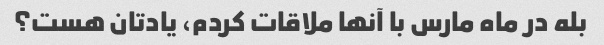
بله در ماه مارس با آنها ملاقات کردم، یادتان هست؟